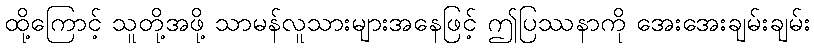
ထို့ကြောင့် သူတို့အဖို့ သာမန်လူသားများအနေဖြင့် ဤပြဿနာကို အေးအေးချမ်းချမ်း